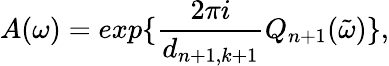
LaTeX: A(\omega)=exp\{ \frac{2\pi i}{d_{n+1,k+1}}Q_{n+1}(\tilde{\omega})\} ,